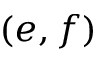
( e , f )